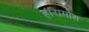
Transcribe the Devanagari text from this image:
हारामोश